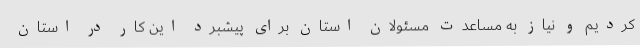
کردیم و نیاز به مساعدت مسئولان استان برای پیشبرد این کار در استان